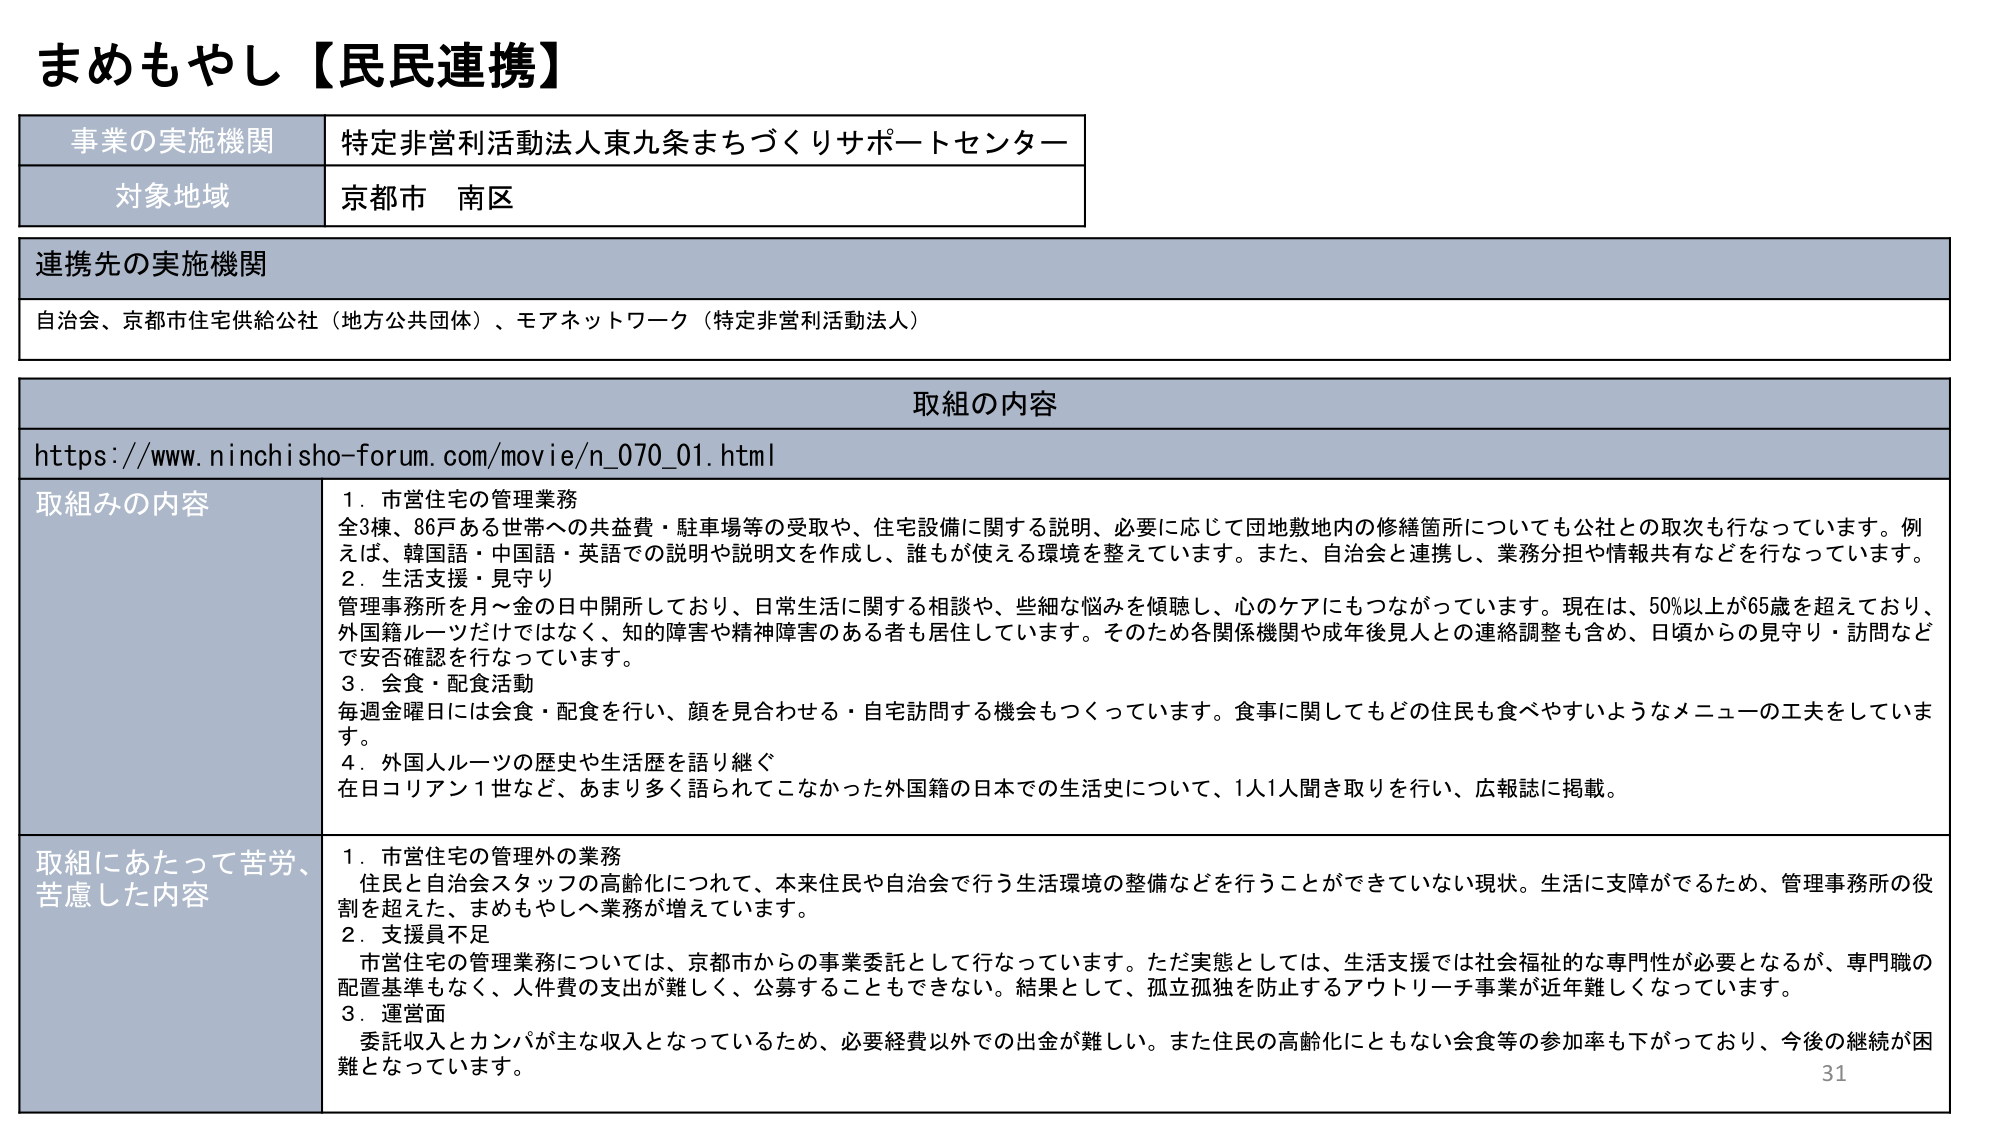
まめもやし【民民連携】

事業の実施機関　特定非営利活動法人東九条まちづくりサポートセンター
対象地域　京都市 南区

連携先の実施機関
自治会、京都市住宅供給公社（地方公共団体）、モアネットワーク（特定非営利活動法人）

取組の内容
https://www.ninchisho-forum.com/movie/n_070_01.html

取組みの内容
1．市営住宅の管理業務
全3棟、86戸ある世帯への共益費・駐車場等の受取や、住宅設備に関する説明、必要に応じて団地敷地内の修繕箇所についても公社との取次も行なっています。例えば、韓国語・中国語・英語での説明や説明文を作成し、誰もが使える環境を整えています。また、自治会と連携し、業務分担や情報共有などを行なっています。
2．生活支援・見守り
管理事務所を月～金の日中開所しており、日常生活に関する相談や、些細な悩みを傾聴し、心のケアにもつながっています。現在は、50％以上が65歳を超えており、外国籍ルーツだけではなく、知的障害や精神障害のある者も居住しています。そのため各関係機関や成年後見人との連絡調整も含め、日頃からの見守り・訪問などで安否確認を行なっています。
3．会食・配食活動
毎週金曜日には会食・配食を行い、顔を見合わせる・自宅訪問する機会もつくっています。食事に関してもどの住民も食べやすいようなメニューの工夫をしています。
4．外国人ルーツの歴史や生活歴を語り継ぐ
在日コリアン1世など、あまり多く語られてこなかった外国籍の日本での生活史について、1人1人聞き取りを行い、広報誌に掲載。

取組にあたって苦労、苦慮した内容
1．市営住宅の管理外の業務
住民と自治会スタッフの高齢化につれて、本来住民や自治会で行う生活環境の整備などを行うことができていない現状。生活に支障がでるため、管理事務所の役割を超えた、まめもやしへ業務が増えています。
2．支援員不足
市営住宅の管理業務については、京都市からの事業委託として行なっています。ただ実態としては、生活支援では社会福祉的な専門性が必要となるが、専門職の配置基準もなく、人件費の支出が難しく、公募することもできない。結果として、孤立孤独を防止するアウトリーチ事業が近年難しくなっています。
3．運営面
委託収入とカンパが主な収入となっているため、必要経費以外での出金が難しい。また住民の高齢化にともない会食等の参加率も下がっており、今後の継続が困難となっています。

31